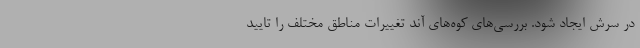
در سرش ایجاد شود. بررسی‌های کوه‌های آند تغییرات مناطق مختلف را تایید